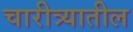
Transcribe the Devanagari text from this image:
चारीत्र्यातील